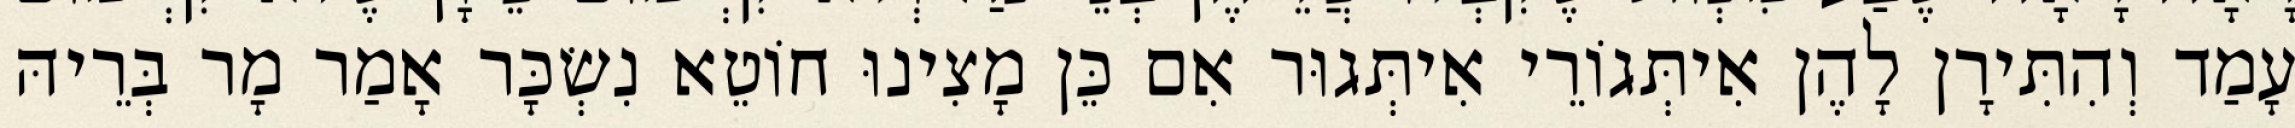
עָמַד וְהִתִּירָן לָהֶן אִיתְּגוֹרֵי אִיתְּגוּר אִם כֵּן מָצִינוּ חוֹטֵא נִשְׂכָּר אָמַר מָר בְּרֵיהּ